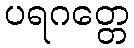
ပရဂတ္တေ